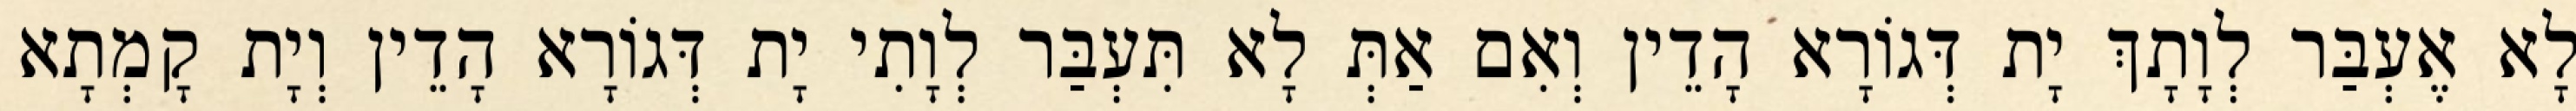
לָא אֶעְבַּר לְוָתָךְ יָת דְּגוֹרָא הָדֵין וְאִם אַתְּ לָא תִּעְבַּר לְוָתִי יָת דְּגוֹרָא הָדֵין וְיָת קָמְתָא